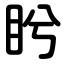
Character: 盻